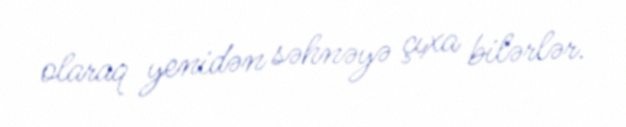
olaraq yenidən səhnəyə çıxa bilərlər.